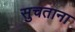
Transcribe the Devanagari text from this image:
सुचताना